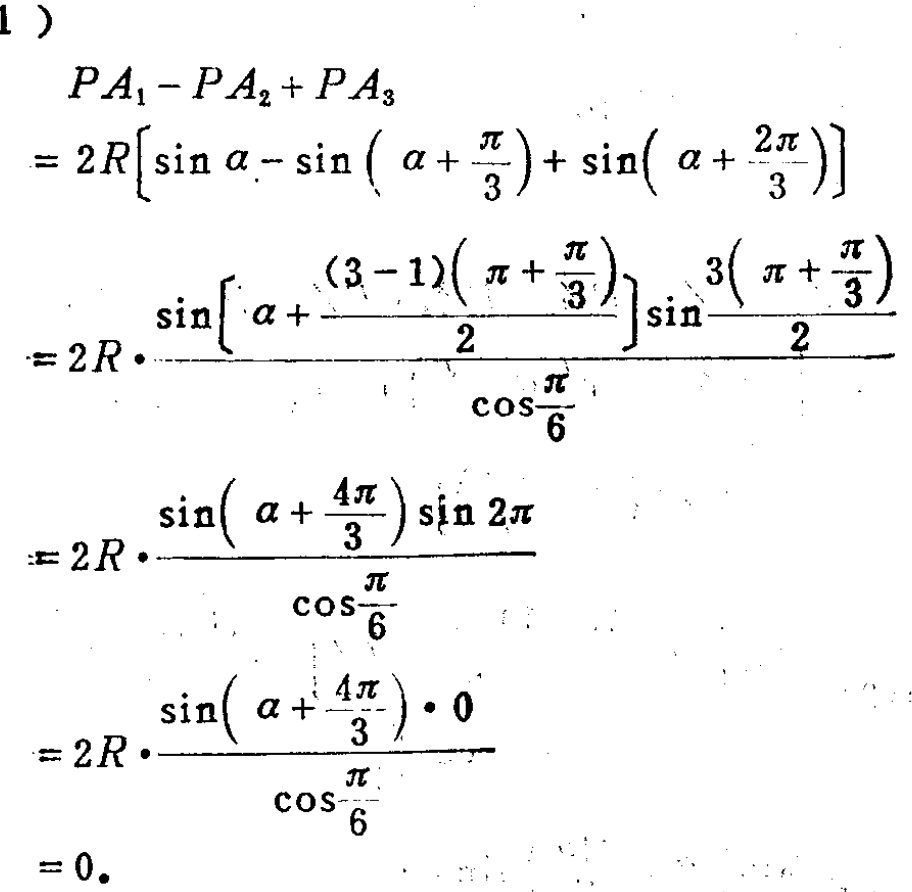
\begin{align*}
&PA_1 - PA_2+PA_3\\
=&2R\left[\sin\alpha-\sin\left(\alpha + \frac{\pi}{3}\right)+\sin\left(\alpha+\frac{2\pi}{3}\right)\right]\\
=&2R\cdot\frac{\sin\left[\alpha+\frac{(3 - 1)\left(\pi+\frac{\pi}{3}\right)}{2}\right]\sin\frac{3\left(\pi+\frac{\pi}{3}\right)}{2}}{\cos\frac{\pi}{6}}\\
=&2R\cdot\frac{\sin\left(\alpha+\frac{4\pi}{3}\right)\sin2\pi}{\cos\frac{\pi}{6}}\\
=&2R\cdot\frac{\sin\left(\alpha+\frac{4\pi}{3}\right)\cdot0}{\cos\frac{\pi}{6}}\\
=&0.
\end{align*}